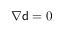
\nabla { \mathsf { d } } = \boldsymbol { 0 }